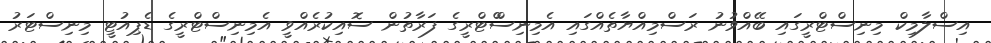
އިސްލާމިކް މިނިސްޓްރީގައި ބޭއްވުނު ރަސްމިއްޔާތެއްގައި އެމިނިސްްޓްރީގެ ފަރާތުން ސޮއިކުރެއްވީ އެމިނިސްޓްރީގެ ޑެޕިއުޓީ މިނިސްޓަރު